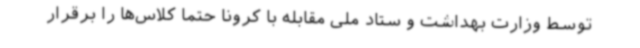
توسط وزارت بهداشت و ستاد ملی مقابله با کرونا حتماً کلاس‌ها را برقرار